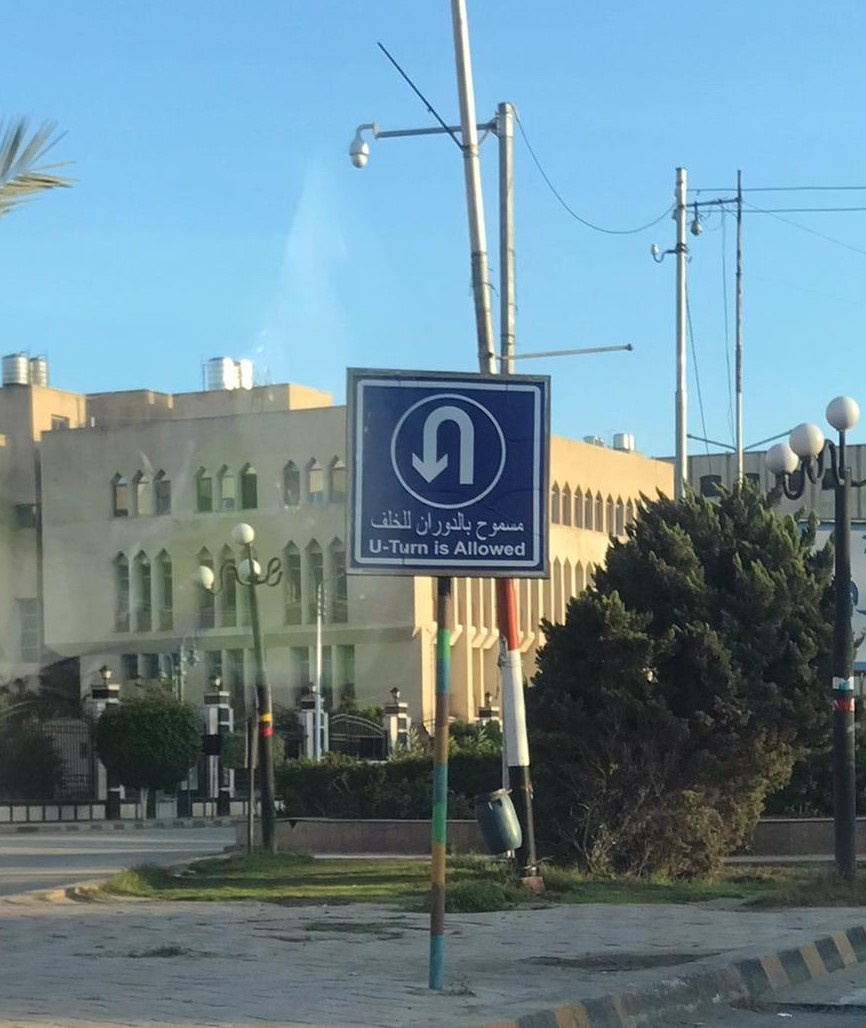
Text in image: للخلف بالدوران مسموح U-Turn is Allowed